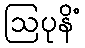
ဩပုနိံ